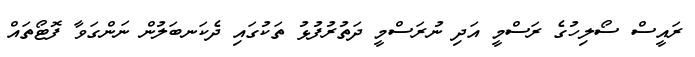
ރައީސް ސޯލިހުގެ ރަސްމީ އަދި ނުރަސްމީ ދަތުރުފުޅު ތަކުގައި ދެކަނބަލުން ނަންގަވާ ފޮޓޯތައް